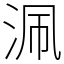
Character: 𣳽